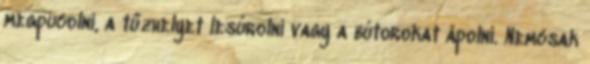
megpucolni, a tűzhelyet lesúrolni vagy a bútorokat ápolni. Nemcsak